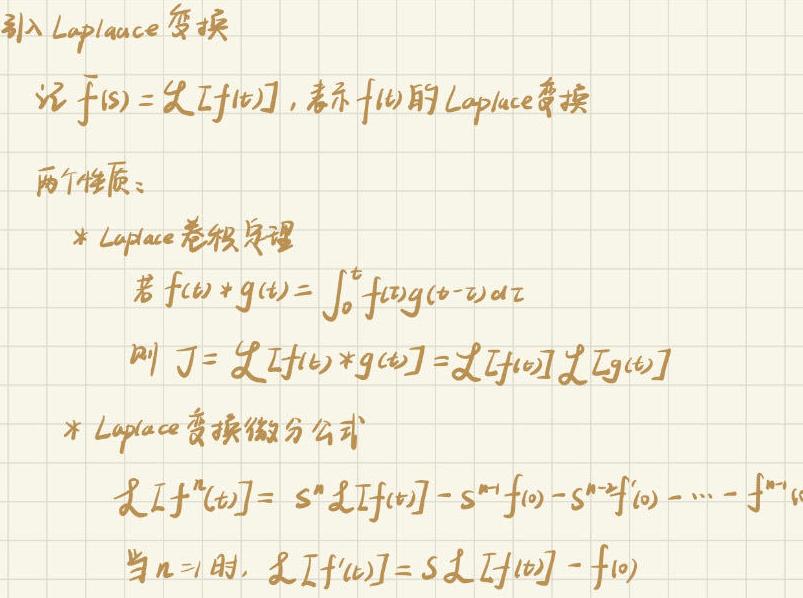
引入 Laplace 变换

记 $\overline{f}(s)=\mathcal{L}[f(t)]$，表示 $f(t)$ 的 Laplace 变换

两个性质：

* Laplace 卷积定理
  若 $f(t)*g(t)=\int_{0}^{t}f(\tau)g(t - \tau)d\tau$
  则 $J = \mathcal{L}[f(t)*g(t)]=\mathcal{L}[f(t)]\mathcal{L}[g(t)]$

* Laplace 变换微分公式
  $\mathcal{L}[f^{(n)}(t)] = s^{n}\mathcal{L}[f(t)] - s^{n - 1}f(0) - s^{n - 2}f^{\prime}(0)-\cdots - f^{(n - 1)}(0)$
  当 $n = 1$ 时，$\mathcal{L}[f^{\prime}(t)] = s\mathcal{L}[f(t)] - f(0)$